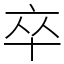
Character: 卒